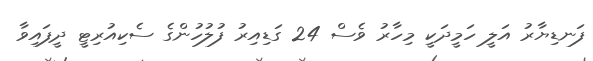
ފަނޑިޔާރު އަލީ ހަމީދަކީ މިހާރު ވެސް 24 ގަޑިއިރު ފުލުހުންގެ ސެކިއުރިޓީ ދީފައިވާ